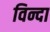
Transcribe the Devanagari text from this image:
विन्दा